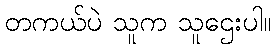
တကယ်ပဲ သူက သူဌေးပါ။